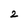
Character: 2